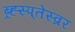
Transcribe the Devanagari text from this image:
ब्र्ह्स्प्तेस्व्रर